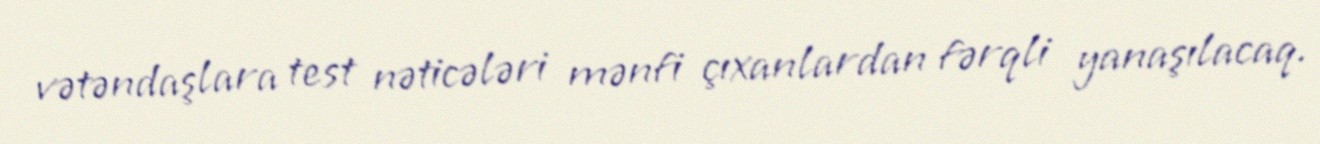
vətəndaşlara test nəticələri mənfi çıxanlardan fərqli yanaşılacaq.